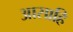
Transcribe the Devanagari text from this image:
आसाहि